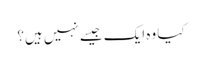
کیا وہ ایک جیسے نہیں ہیں؟